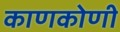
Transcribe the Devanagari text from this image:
काणकोणी